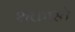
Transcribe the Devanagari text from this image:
शक्तास्ते